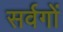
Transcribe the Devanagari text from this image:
सर्वगों